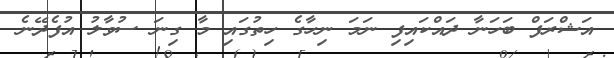
އަޝްރަފް ބަހަނާ ދައްކައިފި ނަމަ ނިހާގެ ހިތުގައި މާ ގިނަ ސުވާލު އުފެދޭނެ